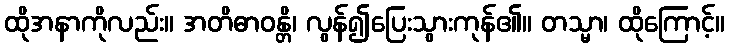
ထိုအနာကိုလည်း။ အတိဓာဝန္တိ၊ လွန်၍ပြေးသွားကုန်၏။ တသ္မာ၊ ထိုကြောင့်။